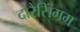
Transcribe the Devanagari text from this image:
दोरैसिंगम